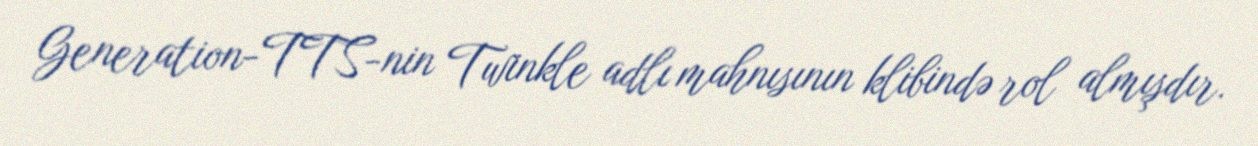
Generation-TTS-nin Twinkle adlı mahnısının klibində rol almışdır.